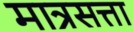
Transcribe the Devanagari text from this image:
मात्रसत्ता